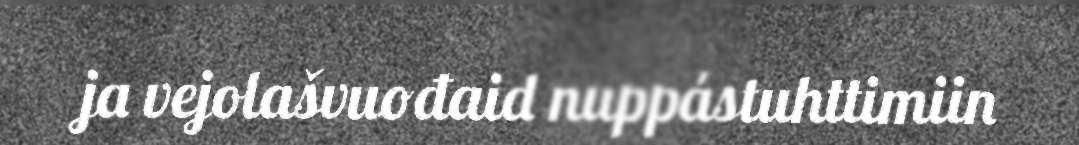
ja vejolašvuođaid nuppástuhttimiin